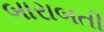
બારાબતી